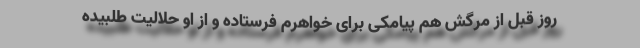
روز قبل از مرگش هم پیامکی برای خواهرم فرستاده و از او حلالیت طلبیده